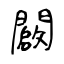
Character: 闙